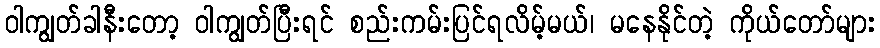
ဝါကျွတ်ခါနီးတော့ ဝါကျွတ်ပြီးရင် စည်းကမ်းပြင်ရလိမ့်မယ်၊ မနေနိုင်တဲ့ ကိုယ်တော်များ